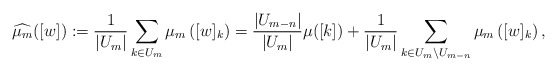
\begin{align*}\widehat{\mu_m}([w]):=\frac{1}{\left|U_m\right|}\sum_{k\in U_m} \mu_m\left([w]_k\right)= \frac{\left| U_{m-n}\right|}{\left|{U_m}\right|} \mu([k])+\frac{1}{\left|{U_m}\right|}\sum\limits_{k\in U_m\backslash U_{m-n}} \mu_m\left([w]_k\right),\end{align*}